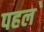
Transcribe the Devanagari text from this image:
पहल॓